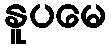
နူပမေ